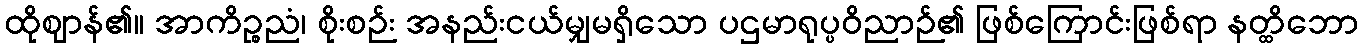
ထိုဈာန်၏။ အာကိဉ္စညံ၊ စိုးစဉ်း အနည်းငယ်မျှမရှိသော ပဌမာရုပ္ပဝိညာဉ်၏ ဖြစ်ကြောင်းဖြစ်ရာ နတ္ထိဘော